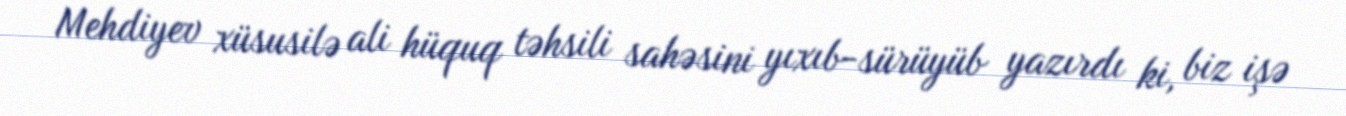
Mehdiyev xüsusilə ali hüquq təhsili sahəsini yıxıb-sürüyüb yazırdı ki, biz işə